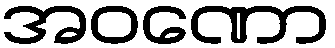
အဝဏော